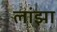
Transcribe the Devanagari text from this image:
लांझा